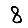
Digit: 8